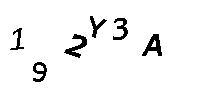
192Y3A